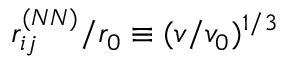
r _ { i j } ^ { ( N N ) } / r _ { 0 } \equiv ( v / v _ { 0 } ) ^ { 1 / 3 }